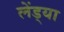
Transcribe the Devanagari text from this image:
लेंड्या